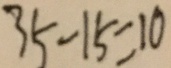
3 5 - 1 5 = 1 0